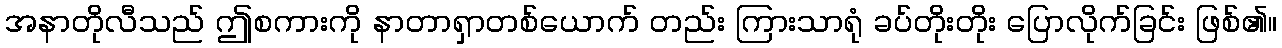
အနာတိုလီသည် ဤစကားကို နာတာရှာတစ်ယောက် တည်း ကြားသာရုံ ခပ်တိုးတိုး ပြောလိုက်ခြင်း ဖြစ်၏။